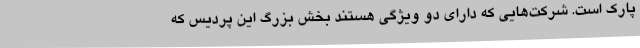
پارک است. شرکت‌هایی که دارای دو ویژگی هستند بخش بزرگ این پردیس که